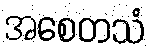
အစေတသံ